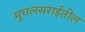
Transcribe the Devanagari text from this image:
मुघलसराईतील